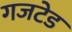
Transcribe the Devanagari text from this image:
गजटेड